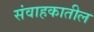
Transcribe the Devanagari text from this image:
संवाहकातील